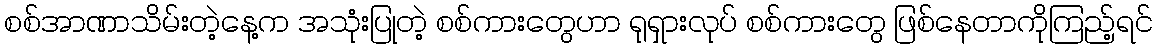
စစ်အာဏာသိမ်းတဲ့နေ့က အသုံးပြုတဲ့ စစ်ကားတွေဟာ ရုရှားလုပ် စစ်ကားတွေ ဖြစ်နေတာကိုကြည့်ရင်